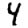
Digit: 4